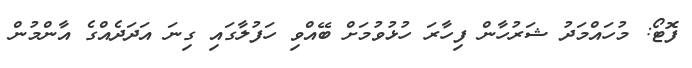
ފޮޓޯ: މުހައްމަދު ޝަރުހާން ފިހާރަ ހުޅުވުމަށް ބޭއްވި ހަފުލާގައި ގިނަ އަދަދެއްގެ އާންމުން